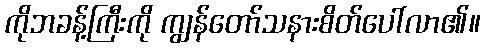
ကိုဘခန့်ကြီးကို ကျွန်တော်သနားစိတ်ပေါ်လာ၏။